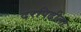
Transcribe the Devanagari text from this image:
दरपिढीला